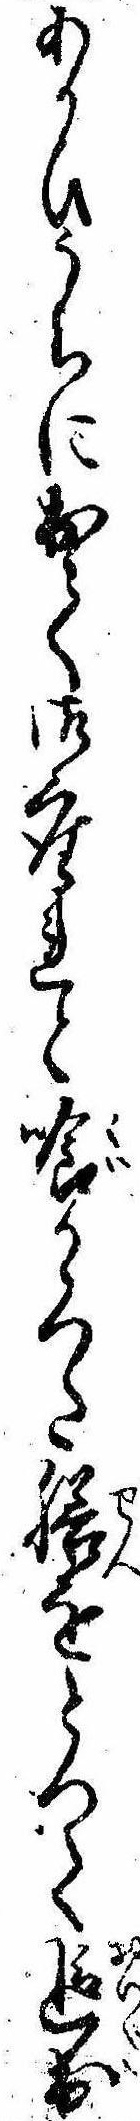
あかひうちに出て御座れと喰かゝつた膳をとつて追出